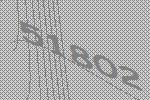
51802